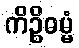
ကိဉ္စိဓမ္မံ